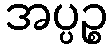
အပ္ပဉ္စ